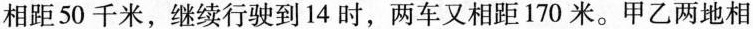
相距50千米，继续行驶到14时，两车又相距170米。甲乙两地相